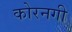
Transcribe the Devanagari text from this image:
कोरनगी